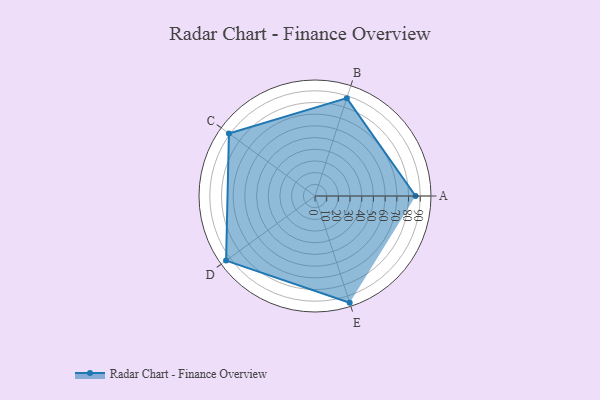
{"axis": {"x": "Skill", "y": "Score"}, "legend": ["Profile"], "data": [{"x": "A", "y": 86.0, "type": "Profile"}, {"x": "B", "y": 88.0, "type": "Profile"}, {"x": "C", "y": 91.0, "type": "Profile"}, {"x": "D", "y": 94.0, "type": "Profile"}, {"x": "E", "y": 96.0, "type": "Profile"}]}